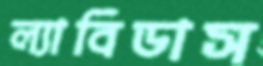
ল্যাবিডাস